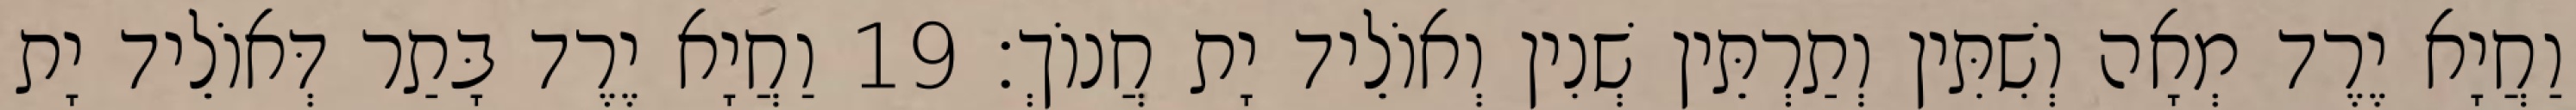
וַחֲיָא יֶרֶד מְאָה וְשִׁתִּין וְתַרְתֵּין שְׁנִין וְאוֹלֵיד יָת חֲנוֹךְ׃ 19 וַחֲיָא יֶרֶד בָּתַר דְּאוֹלֵיד יָת